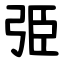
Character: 弫